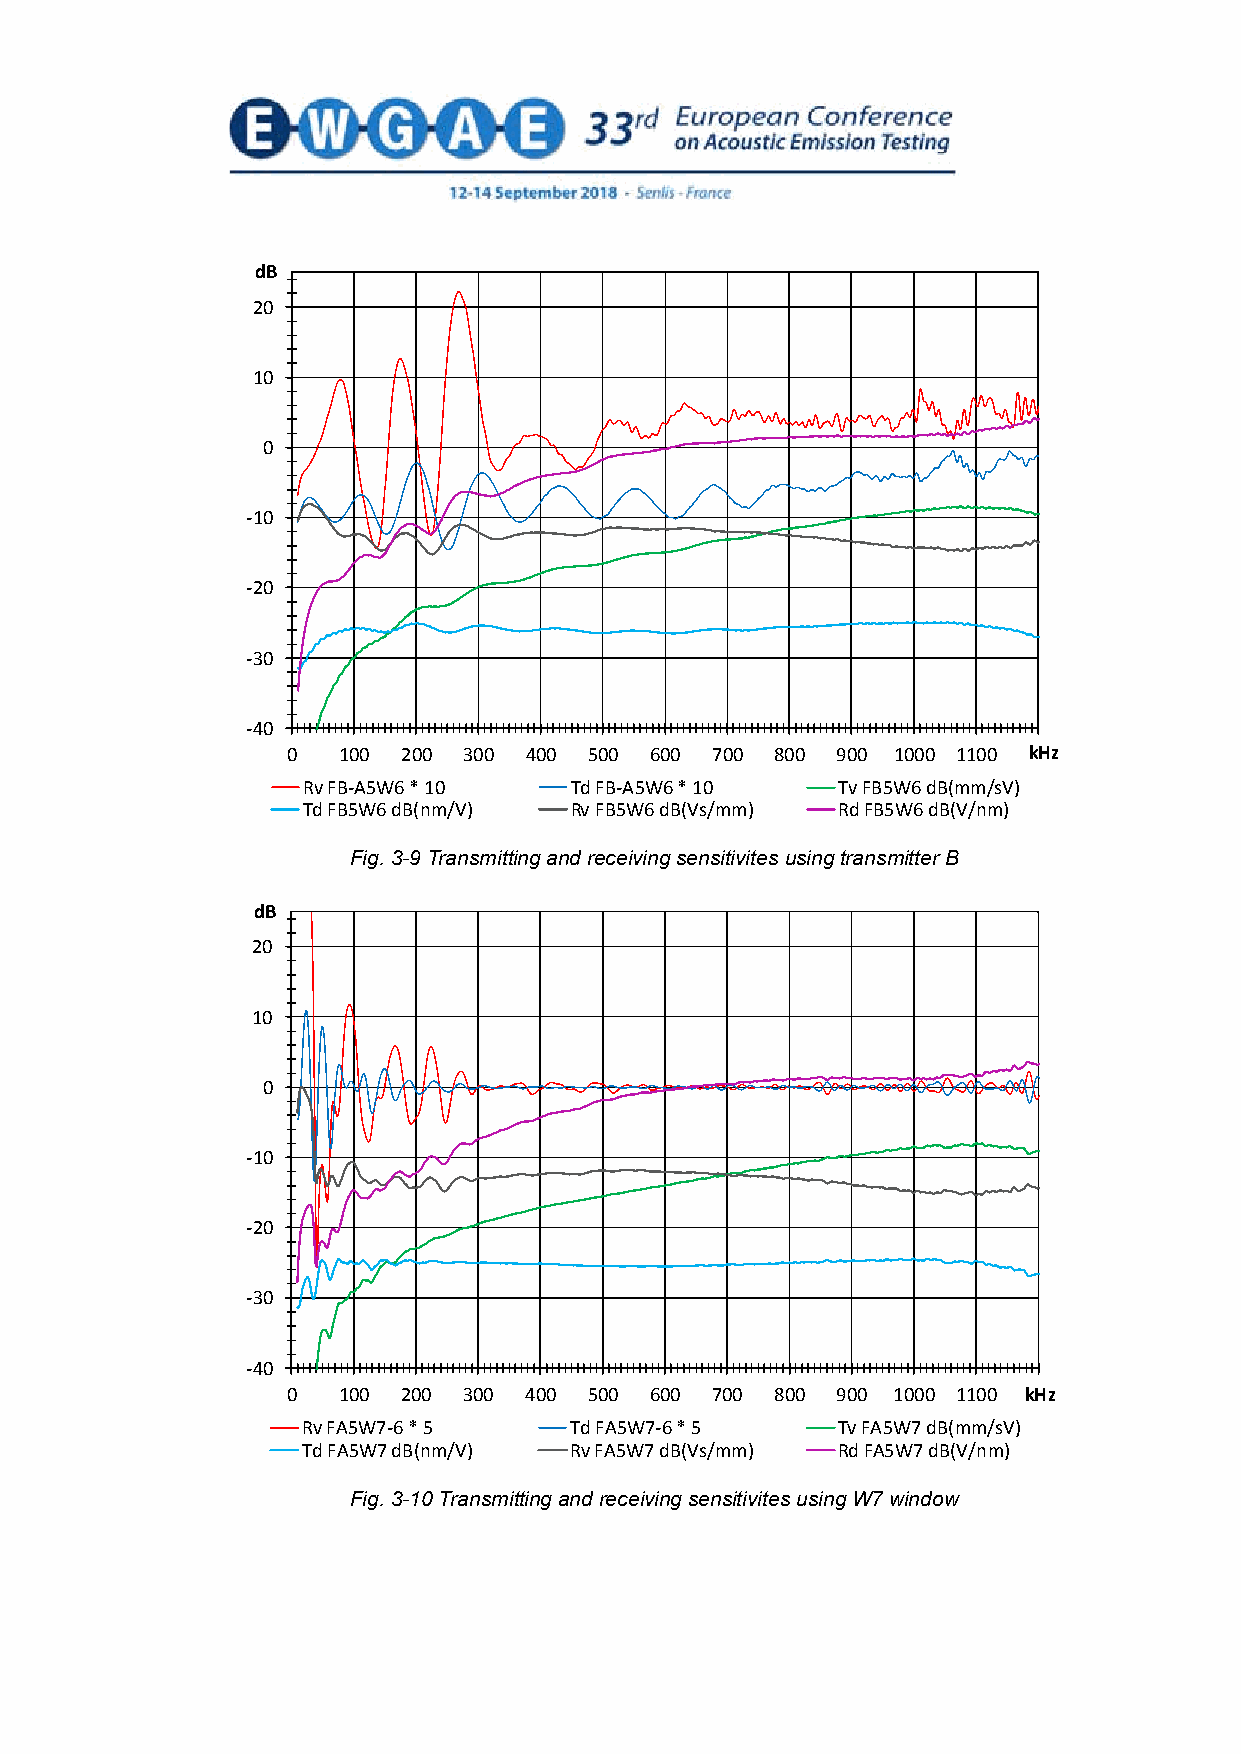
dB
 20
 10
 0
 -10
 -20
 -30
 -40
 0  100  200 300 400 500 600 700 800 900 1000 1100 12k0H0z
 Rv FB-A5W6 * 10   Td FB-A5W6 * 10  Tv FB5W6 dB(mm/sV)
 Td FB5W6 dB(nm/V) Rv FB5W6 dB(Vs/mm) Rd FB5W6 dB(V/nm)
 Fig. 3-9 Transmitting and receiving sensitivites using transmitter B
 dB
 20
 10
 0
 -10
 -20
 -30
 -40
 0  100  200 300 400 500 600 700 800 900 1000 1100 1k2H0z0
 Rv FA5W7-6 * 5    Td FA5W7-6 * 5   Tv FA5W7 dB(mm/sV)
 Td FA5W7 dB(nm/V) Rv FA5W7 dB(Vs/mm) Rd FA5W7 dB(V/nm)
 Fig. 3-10 Transmitting and receiving sensitivites using W7 window
 13